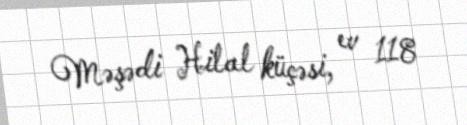
Məşədi Hilal küçəsi, ev 118